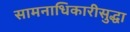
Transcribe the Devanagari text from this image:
सामनाधिकारीसुद्धा